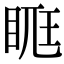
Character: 𥆦